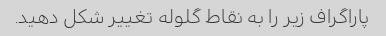
پاراگراف زیر را به نقاط گلوله تغییر شکل دهید.